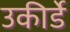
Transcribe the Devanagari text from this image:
उकीर्डे